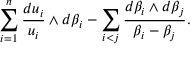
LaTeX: \sum _ { i = 1 } ^ { n } \frac { d u _ { i } } { u _ { i } } \wedge d \beta _ { i } - \sum _ { i < j } \frac { d \beta _ { i } \wedge d \beta _ { j } } { \beta _ { i } - \beta _ { j } } .